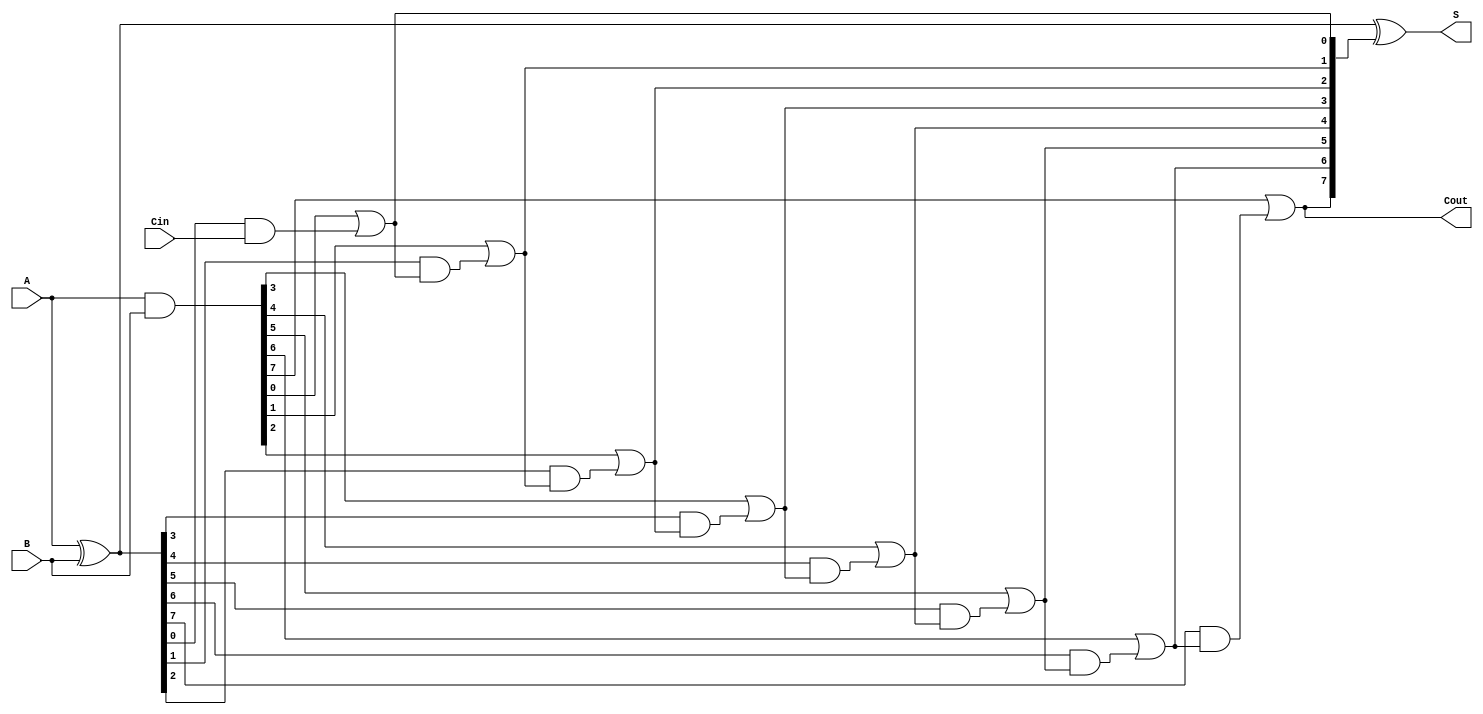
module BrentKungAdder #(parameter n = 8) (
    input  [n-1:0] A,     // First operand
    input  [n-1:0] B,     // Second operand
    input         Cin,     // Carry-in
    output [n-1:0] S,     // Sum output
    output        Cout     // Carry-out
);

    // Generate and Propagate signals
    wire [n-1:0] G; // Generate
    wire [n-1:0] P; // Propagate
    wire [n:0] C;   // Carry signals

    // Calculate Generate and Propagate signals
    assign G = A & B;
    assign P = A ^ B;

    // Carry signals initialization
    assign C[0] = Cin; // Initialize carry-in

    // Level 0: Calculate carry signals
    genvar i;
    generate
        for (i = 0; i < n; i = i + 1) begin : carry_gen
            assign C[i + 1] = G[i] | (P[i] & C[i]);
        end
    endgenerate

    // Sum calculation
    assign S = P ^ C[n:1]; // Sum bits using Propagate and Carry signals

    // Final carry-out
    assign Cout = C[n];

endmodule